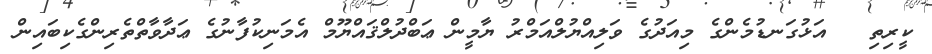
ކީރިތި   އަޅުގަނޑުމެންގެ މިއަދުގެ ވަލިއްޔުލްއަމްރު ޔާމީން ޢަބްދުލްޤައްޔޫމް އެމަނިކުފާނުގެ ޢަދާވާތްތެރިންގެކިބައިން